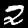
Digit: 2